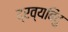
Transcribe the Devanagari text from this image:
द्रव्यबिंदु